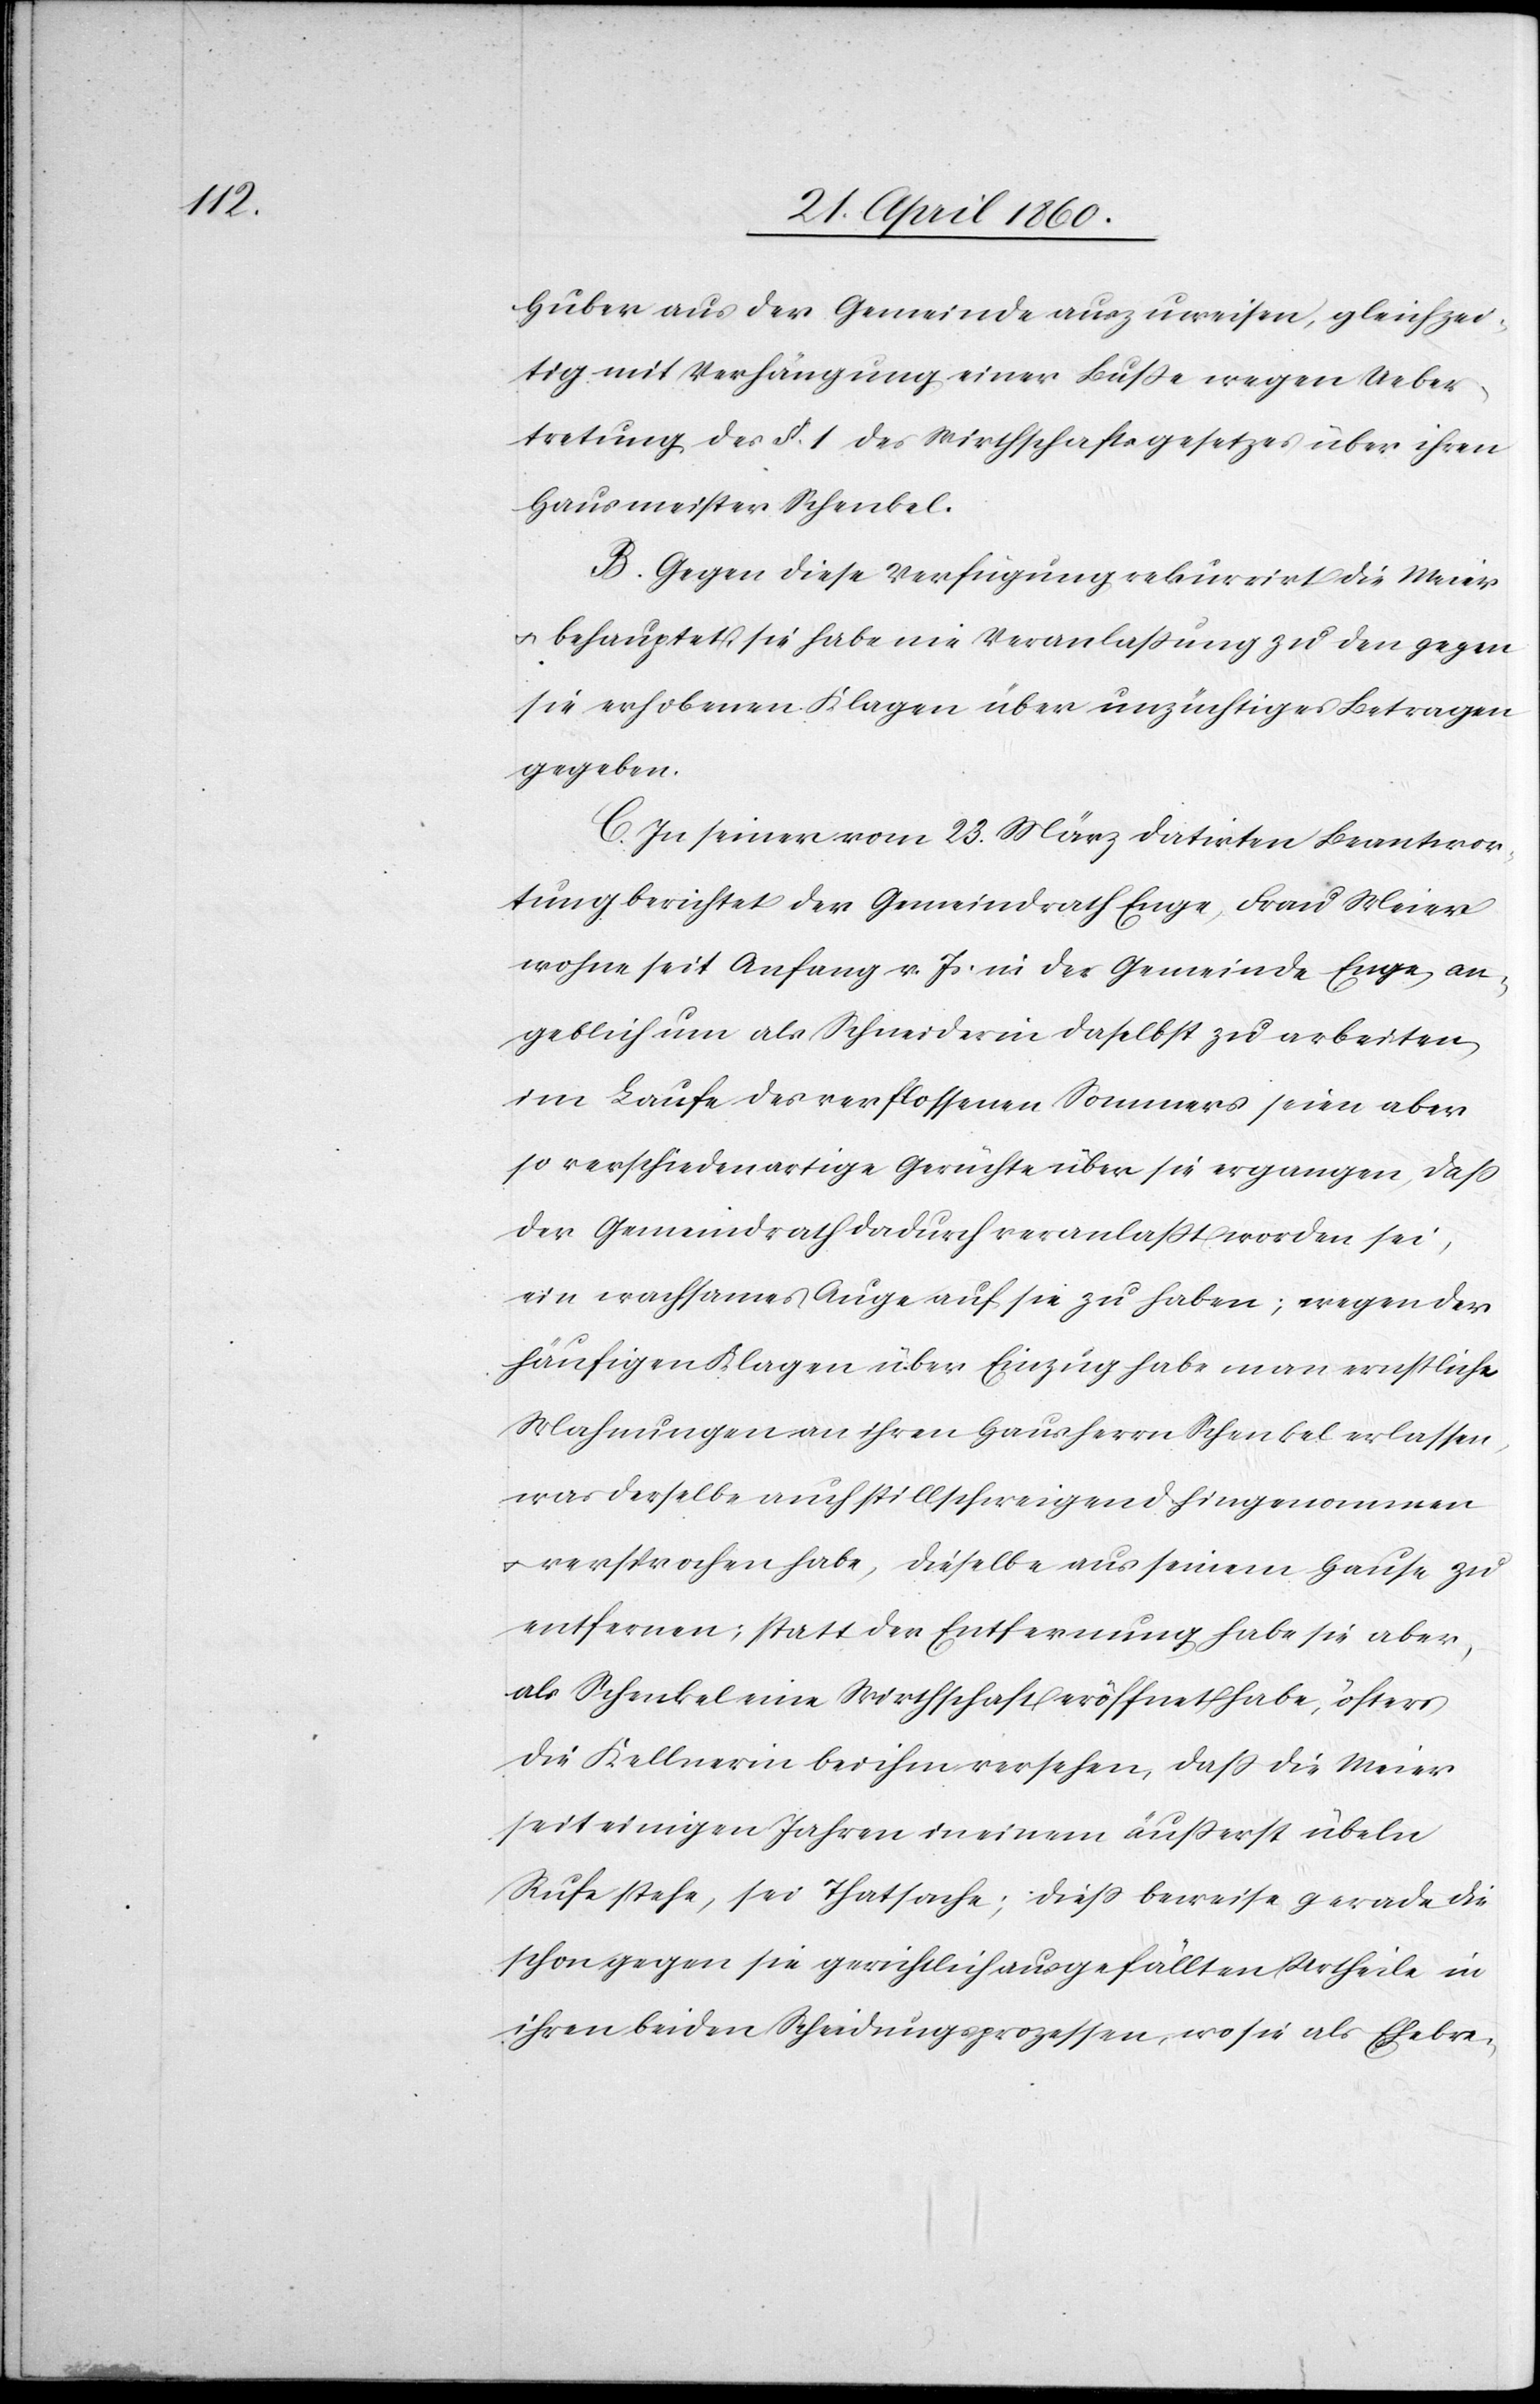
Huber aus der Gemeinde auszuweisen, gleichzei¬
tig mit Verhängung einer Busse wegen Ueber¬
tretung des §. 1. des Wirthschaftsgesetzes über ihren
Hausmeister Schenkel.
B. Gegen diese Verfügung rekurrirt die Meier
u. behauptet sie habe nie Veranlassung zu den gegen
sie erhobenen Klagen über unzüchtiges Betragen
gegeben.
C. In seiner vom 23. März datirten Beantwor¬
tung berichtet der Gemeindrath Enge, Frau Meier
wohne seit Anfang v. Js. in der Gemeinde Enge, an¬
geblich um als Schneiderin daselbst zu arbeiten,
im Laufe des verflossenen Sommers seien aber
so verschiedenartige Gerüchte über sie ergangen, dass
der Gemeindrath dadurch veranlasst worden sei,
ein wachsames Auge auf sie zu haben; wegen der
häufigen Klagen über Einzug habe man ernstliche
Mahnungen an ihren Hausherrn Schenkel erlassen,
was derselbe auch stillschweigend hingenommen
u. versprochen habe, dieselbe aus seinem Hause zu
entfernen; statt der Entfernung habe sie aber,
als Schenkel eine Wirthschaft eröffnet habe, öfters
die Kellnerin bei ihm versehen, dass die Meier
seit einigen Jahren in einem äusserst übeln
Rufe stehe, sei Thatsache; diess beweise gerade die
schon gegen sie gerichtlich ausgefällten Urtheile in
ihren beiden Scheidungsprozessen, wo sie als Ehebre-